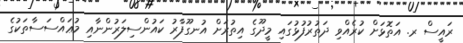
ރައީސް ރ. އަތޮޅަށް ކުރެއްވި ދަތުރުފުޅުގައި މީދޫގެ އިތުރަށް އުނގޫފާރު ކައުންސިލަރުންނާއި މުޢައްސަސާތަކުގެ